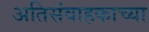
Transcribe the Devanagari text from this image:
अतिसंवाहकाच्या